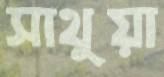
সাথুয়া